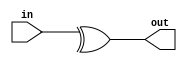
module paritygenerator(in,out);
input [3:0]in;
output out;

assign out=^in;
endmodule